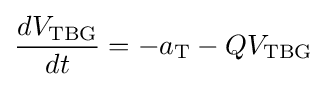
{\frac {dV_{\text{TBG}}}{dt}}=-a_{\text{T}}-QV_{\text{TBG}}